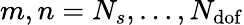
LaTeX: m,n=N_{s},\dots,N_{\mathrm{dof}}